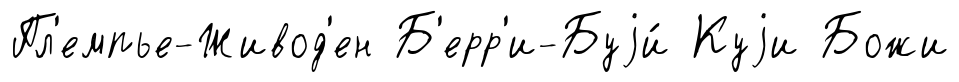
Пл'емпье-Живод'ен Б'ерр'и-Буjи́ Куjи Божи